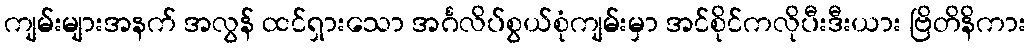
ကျမ်းများအနက် အလွန် ထင်ရှားသော အင်္ဂလိပ်စွယ်စုံကျမ်းမှာ အင်စိုင်ကလိုပီးဒီးယား ဗြိတိနိကား